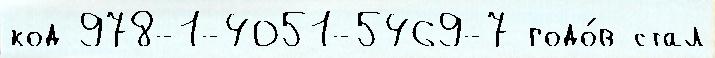
код 978-1-4051-5469-7 годо́в стал